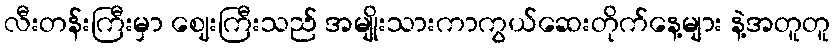
လီးတန်းကြီးမှာ ဈေးကြီးသည် အမျိုးသားကာကွယ်ဆေးတိုက်နေ့များ နဲ့အတူတူ